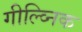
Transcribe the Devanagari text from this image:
गील्व्निक